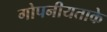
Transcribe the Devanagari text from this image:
गोपनीयताके